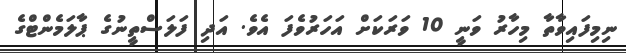
ނިމިފައިވާތާ މިހާރު ވަނީ 10 ވަރަކަށް އަހަރުވެފަ އެވެ. އަދި ފަލަސްތީނުގެ ޕާލަމެންޓްގެ